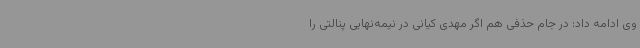
وی ادامه داد: در جام حذفی هم اگر مهدی کیانی در نیمه‌نهایی پنالتی را